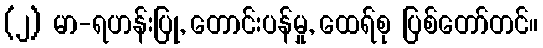
(၂) မာ-ရဟန်းပြု, တောင်းပန်မှု, ထေရ်စု ပြစ်တော်တင်။